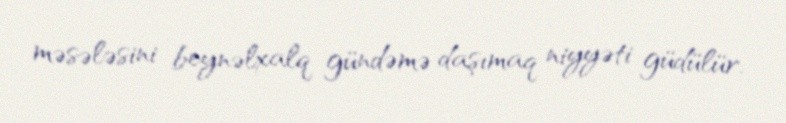
məsələsini beynəlxalq gündəmə daşımaq niyyəti güdülür.